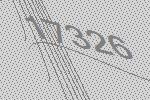
17326